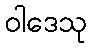
ဝါဒေသု